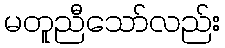
မတူညီသော်လည်း